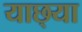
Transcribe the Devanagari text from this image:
याछ्या